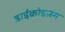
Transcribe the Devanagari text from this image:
डाईक्रोइज़म